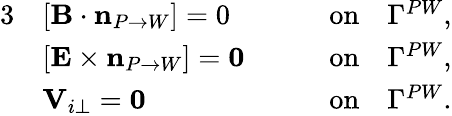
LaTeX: \begin{array}{rlr}{{3}}&{[{\mathbf B}\cdot\mathbf{n}_{P\rightarrow W}]=0\qquad}&{\mathrm{on}\quad\Gamma^{PW},}\\ &{[{\mathbf E}\times\mathbf{n}_{P\rightarrow W}]=\mathbf{0}\qquad}&{\mathrm{on}\quad\Gamma^{PW},}\\ &{\mathbf V_{i\perp}=\mathbf{0}\qquad}&{\mathrm{on}\quad\Gamma^{PW}.}\end{array}